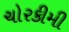
ચોરકીમી